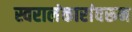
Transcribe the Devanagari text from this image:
स्वरालंकारांवरून